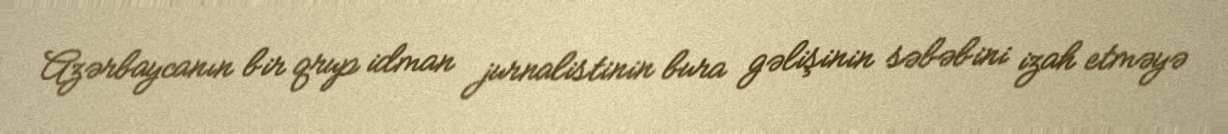
Azərbaycanın bir qrup idman jurnalistinin bura gəlişinin səbəbini izah etməyə